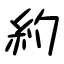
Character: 約